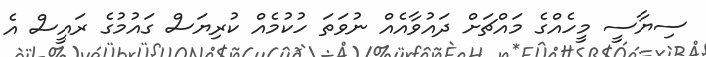
ސިޔާސީ މީހެއްގެ މައްޗަށް ދައުވާއެއް ނުވަތަ ހުކުމެއް ކުރިޔަސް ގައުމުގެ ރައީސް އެ